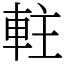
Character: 軴